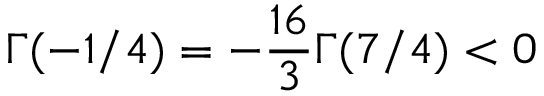
\Gamma ( - 1 / 4 ) = - \frac { 1 6 } { 3 } \Gamma ( 7 / 4 ) < 0